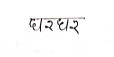
मजकूर: घरघर